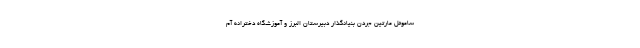
ساموئل مارتين جردن بنيانگذار دبيرستان البرز و آموزشگاه دخترانه آم